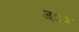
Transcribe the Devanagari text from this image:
ज््ञ